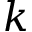
k